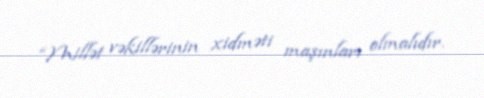
“Millət vəkillərinin xidməti maşınları olmalıdır.